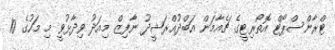
ޓްރާންސްޕޯޓް އޮތޯރިޓީގެ ޗެއާމަން އަބްދުއްރަޝީދު ނާފިޒް މިއަދު ވިދާޅުވީ މި މަހުގެ 10